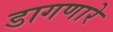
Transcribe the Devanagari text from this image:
डागणारे